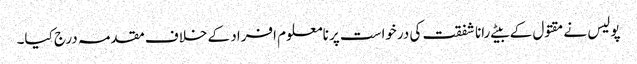
پولیس نے مقتول کے بیٹے رانا شفقت کی درخواست پر نامعلوم افراد کے خلاف مقدمہ درج کیا۔